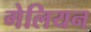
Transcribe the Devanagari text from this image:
गेलियन